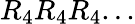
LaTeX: R_{4}R_{4}R_{4}...